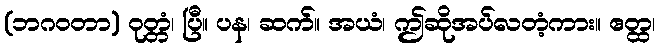
(ဘဂဝတာ) ဝုတ္တံ၊ ပြီ။ ပန၊ ဆက်။ အယံ၊ ဤဆိုအပ်လတံ့ကား။ ဧတ္ထ၊